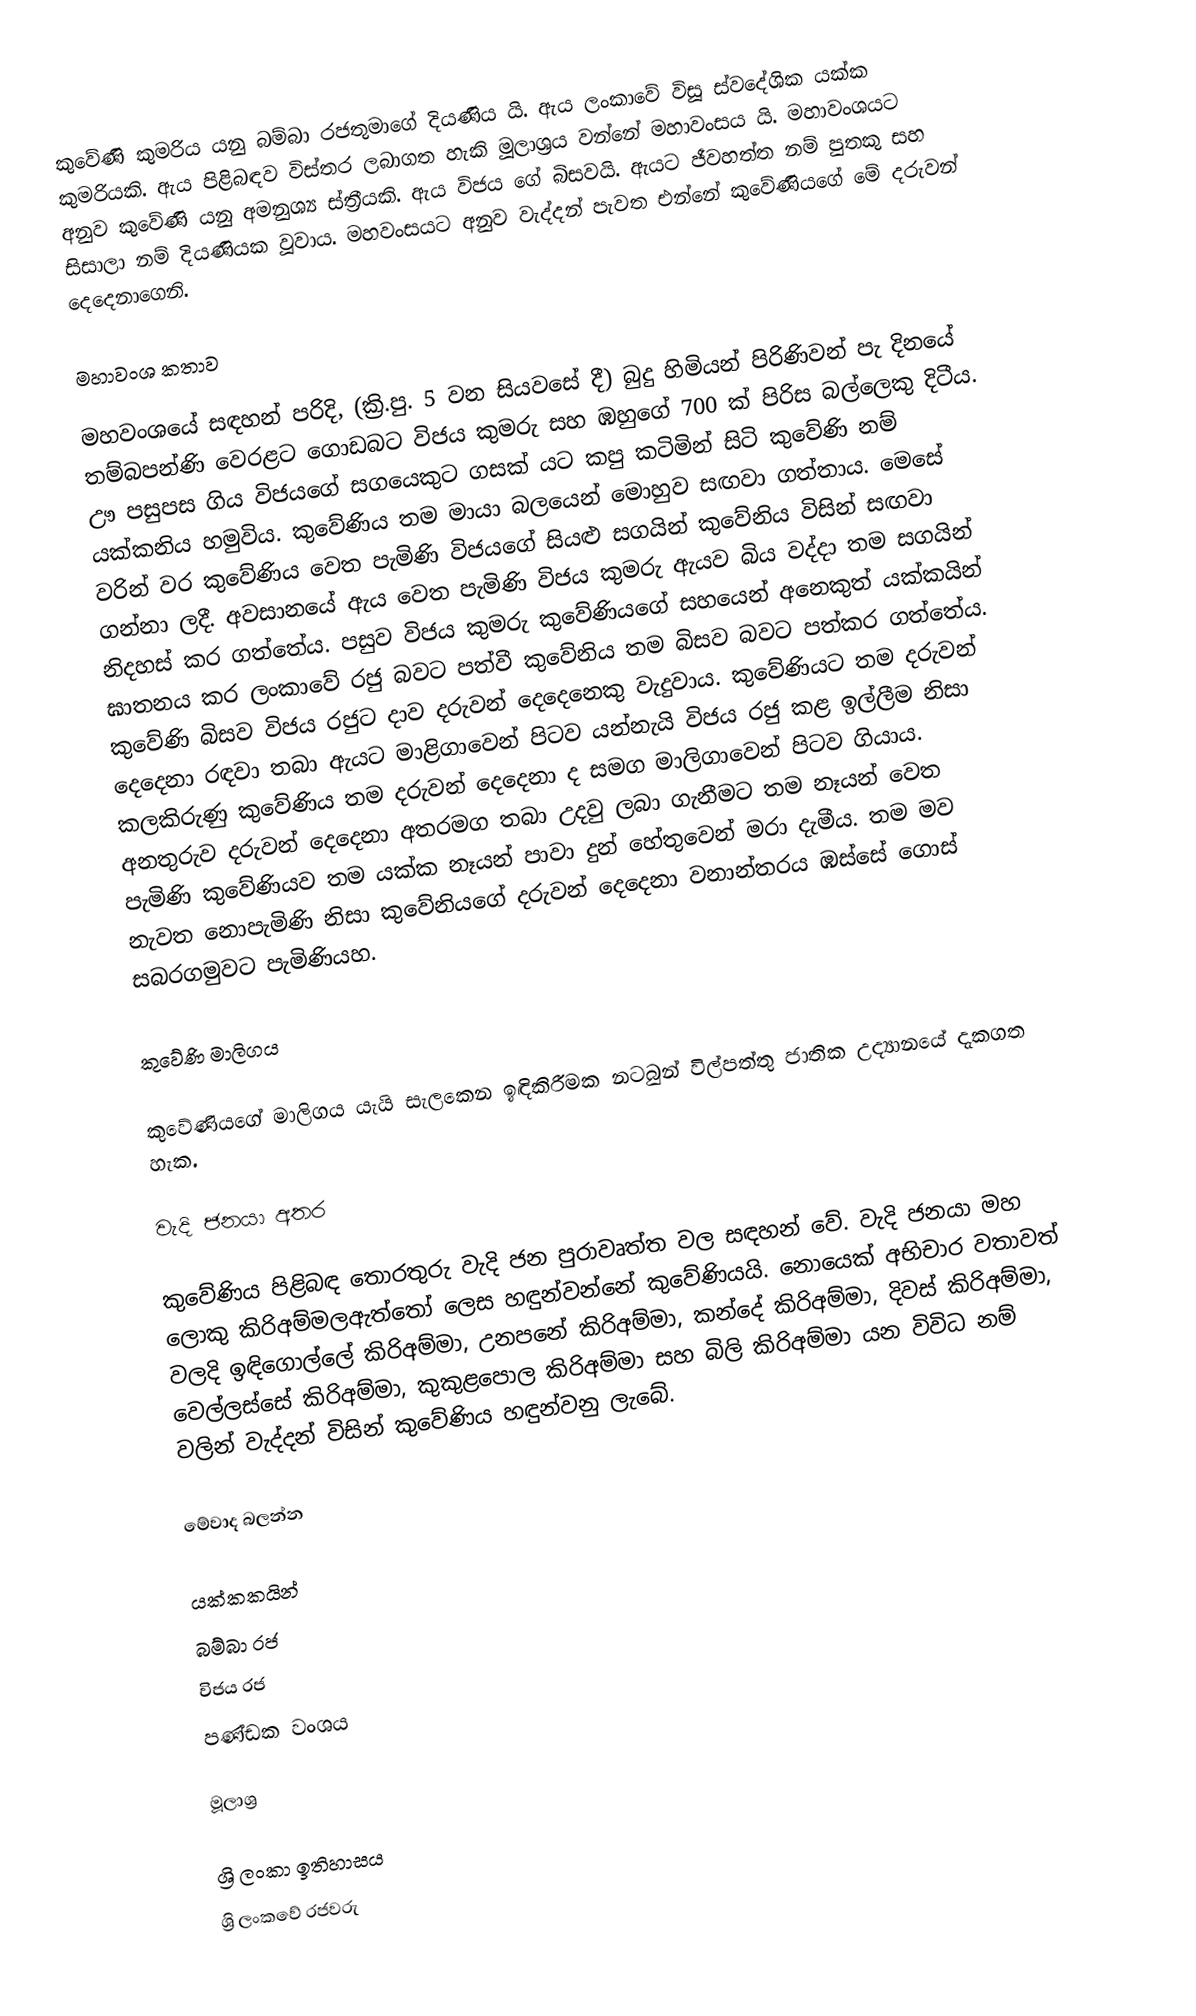
කුවේණි කුමරිය යනු බම්බා රජතුමාගේ දියණිය යි. ඇය ලංකාවේ විසූ ස්වදේශික යක්ක කුමරියකි. ඇය පිළිබඳව විස්තර ලබාගත හැකි මූලාශ්‍රය වන්නේ මහාවංසය යි. මහාවංශයට අනුව කුවේණි යනු අමනුශ්‍ය ස්ත්‍රීයකි. ඇය විජය ගේ බිසවයි. ඇයට ජීවහත්ත නම් පුතකු සහ සිසාලා නම් දියණියක වූවාය. මහවංසය‍ට අනුව වැද්දන් පැවත එන්නේ කුවේණියගේ මේ දරුවන් දෙදෙනාගෙනි.

මහාවංශ කතාව

මහවංශයේ සඳහන් පරිදි, (ක්‍රි.පු. 5 වන සියවසේ දී) බුදු හිමියන් පිරිණිවන් පැ දිනයේ තම්බපන්ණි වෙරළට ගොඩබට විජය කුමරු සහ ඹහු‍ගේ 700 ක් පිරිස බල්ලෙකු දිටීය. ඌ පසුපස ගිය විජයගේ සගයෙකුට ගසක් යට කපු කටිමින් සිටි කුවේණි නම් යක්කනිය හමුවිය. කුවේණිය තම මායා බලයෙන් මොහුව සඟවා ගත්තාය. මෙසේ වරින් වර කුවේණිය වෙත පැමිණි විජයගේ සියළු සගයින් කුවේනිය විසින් සඟවා ගන්නා ලදී. අවසානයේ ඇය වෙත ‍පැමිණි විජය කුමරු ඇයව බිය වද්දා තම සගයින් නිදහස් කර ගත්තේය. පසුව විජය කුමරු කුවේණියගේ සහයෙන් අනෙකුත් යක්කයින් ඝාතනය කර ලංකාවේ රජු බවට පත්වී කුවේනිය තම බිසව බවට පත්කර ගත්තේය. කුවේණි බිසව විජය රජුට දාව දරුවන් දෙදෙනෙකු වැදුවාය. කුවේණියට තම දරුවන් දෙදෙනා රඳවා තබා ඇයට මාළිගාවෙන් පිටව යන්නැයි විජය රජු කළ ඉල්ලීම නිසා කලකිරුණු කුවේණිය තම දරුවන් දෙදෙනා ද සමග මාලිගාවෙන් පිටව ගියාය. අනතුරුව දරුවන් දෙදෙනා අතරමග තබා උදවු ලබා ගැනීමට තම නෑයන් වෙත පැමිණි කුවේණියව තම යක්ක නෑයන් පාවා දුන් හේතුවෙන් මරා දැමීය. තම මව නැවත නොපැමිණි නිසා කුවේනියගේ දරුවන් දෙදෙනා වනාන්තරය ඹස්සේ ගොස් සබරගමුවට පැමිණියහ.

කුවේණි මාලිගය

කුවේණියගේ මාලිගය යැයි සැලකෙන ඉඳිකිරීමක න‍ටබුන් විල්පත්තු ජාතික උද්‍යානයේ දැකගත හැක.

වැදි ජනයා අතර

කුවේණිය පිළිබඳ තොරතුරු වැදි ජන පුරාවෘත්ත වල සඳහන් වේ. වැදි ජනයා මහ ලොකු කිරිඅම්මලඇත්තෝ ලෙස හඳුන්වන්නේ කුවේණියයි. නොයෙක් අභිචාර වතාවත් වලදි ඉඳිගොල්ලේ කිරිඅම්මා, උනපනේ කිරිඅම්මා, කන්දේ කිරිඅම්මා, දිවස් කිරිඅම්මා, වෙල්ලස්සේ කිරිඅම්මා, කුකුළපොල කිරිඅම්මා සහ බිලි කිරිඅම්මා යන විවිධ නම් වලින් වැද්දන් විසින් කුවේණිය හඳුන්වනු ලැබේ.

මේවාද බලන්න

 යක්කකයින්
 බම්බා රජ
 විජය රජ
 පණ්ඩක වංශය

මූලාශ්‍ර

ශ්‍රි ලංකා ඉතිහාසය
ශ්‍රි ලංකවේ රජවරු